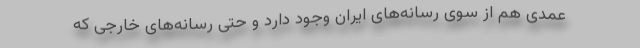
عمدی هم از سوی رسانه‌های ایران وجود دارد و حتی رسانه‌های خارجی که